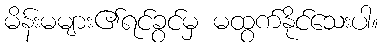
မိန်းမများ၏ရင်ခွင်မှ မထွက်နိုင်သေးပါ။